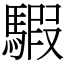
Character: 騢